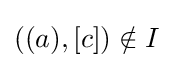
((a),[c])\notin I